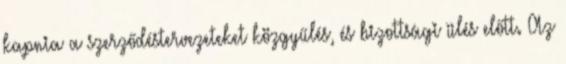
kapnia a szerződéstervezeteket közgyűlés, és bizottsági ülés előtt. Az